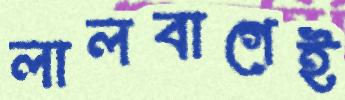
লালবাগেই